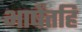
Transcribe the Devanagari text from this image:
भाषेंतहि